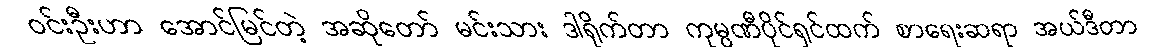
ဝင်းဦးဟာ အောင်မြင်တဲ့ အဆိုတော် မင်းသား ဒါရိုက်တာ ကုမ္ပဏီပိုင်ရှင်ထက် စာရေးဆရာ အယ်ဒီတာ